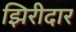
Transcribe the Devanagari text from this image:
झिरीदार